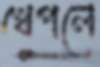
খেপলে